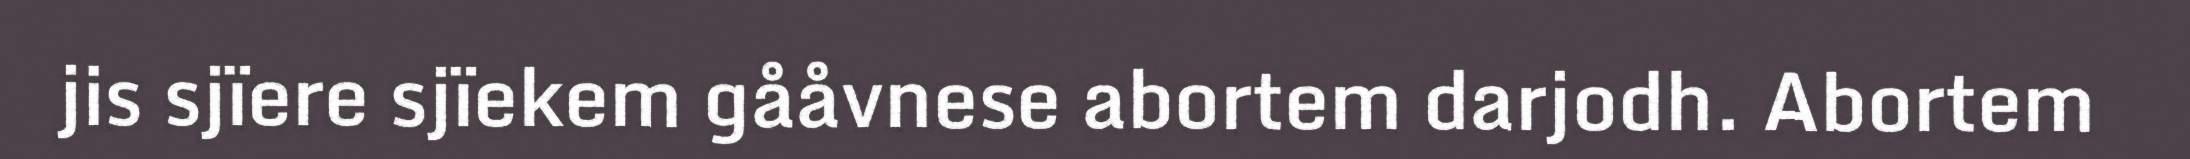
jis sjïere sjïekem gååvnese abortem darjodh. Abortem